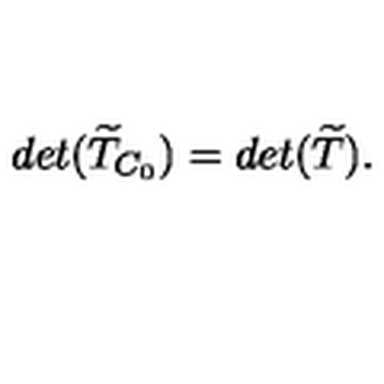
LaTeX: d e t ( \widetilde { T } _ { C _ { 0 } } ) = d e t ( \widetilde { T } ) .